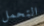
التحمل